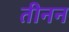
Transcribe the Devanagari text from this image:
तीनन